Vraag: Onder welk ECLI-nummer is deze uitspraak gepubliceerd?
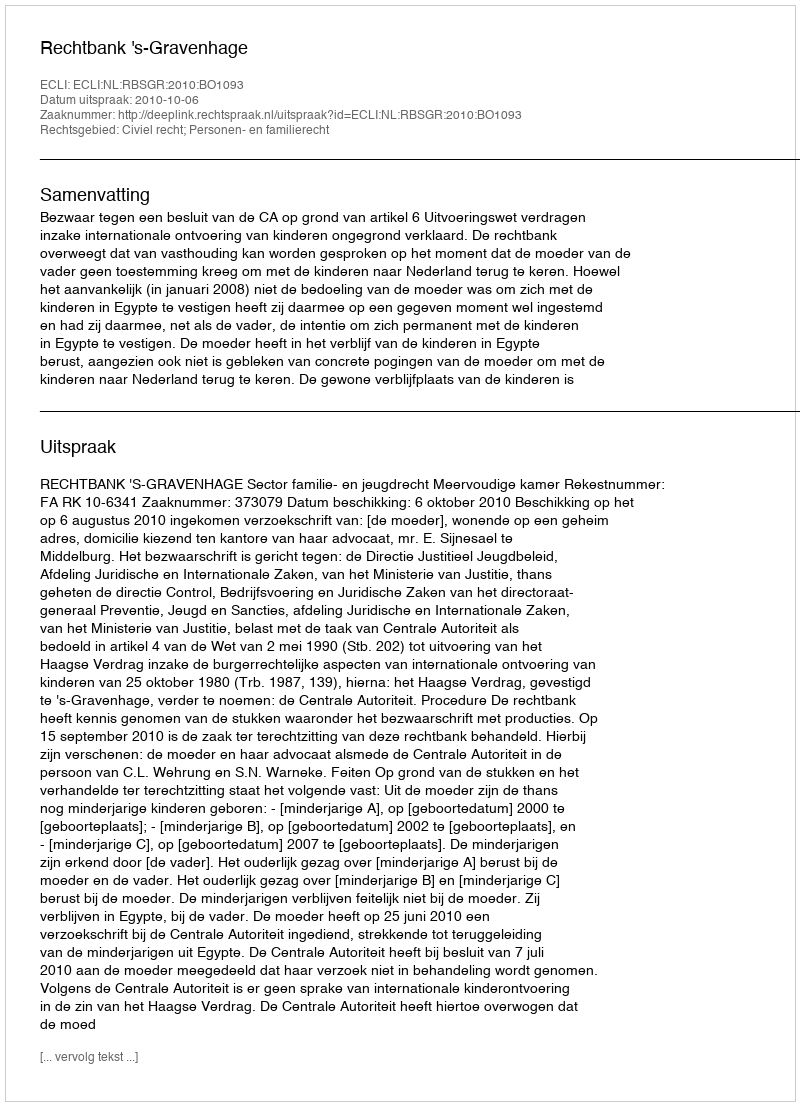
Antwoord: ECLI:NL:RBSGR:2010:BO1093